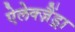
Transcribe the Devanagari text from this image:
ऐलेक्ज़ैंड्रा